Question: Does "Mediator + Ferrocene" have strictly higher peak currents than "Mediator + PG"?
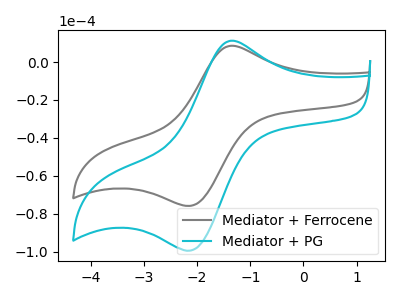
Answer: <think>The gray curve "Mediator + Ferrocene" has an anodic peak at (-1.35V, 8.60uA) and a cathodic peak at (-2.10V, -75.55uA). The cyan curve "Mediator + PG" has an anodic peak at (-1.35V, 11.25uA) and a cathodic peak at (-2.10V, -99.05uA).</think>
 <answer>Every peak in "Mediator + Ferrocene" is lower than every peak in "Mediator + PG".</answer>
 <eval>lower</eval>